画像に写った文字を読んでください
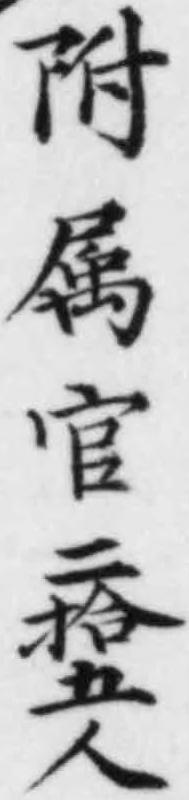
「附属官二拾五人」と書いてあります